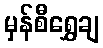
မှန်စီရွှေချ